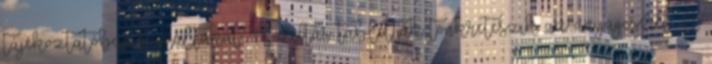
tájékoztatóban foglaltakat. A diétás tabletták tönkreteszik az anyagcserét A